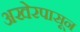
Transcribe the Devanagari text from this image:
अखेरपासून